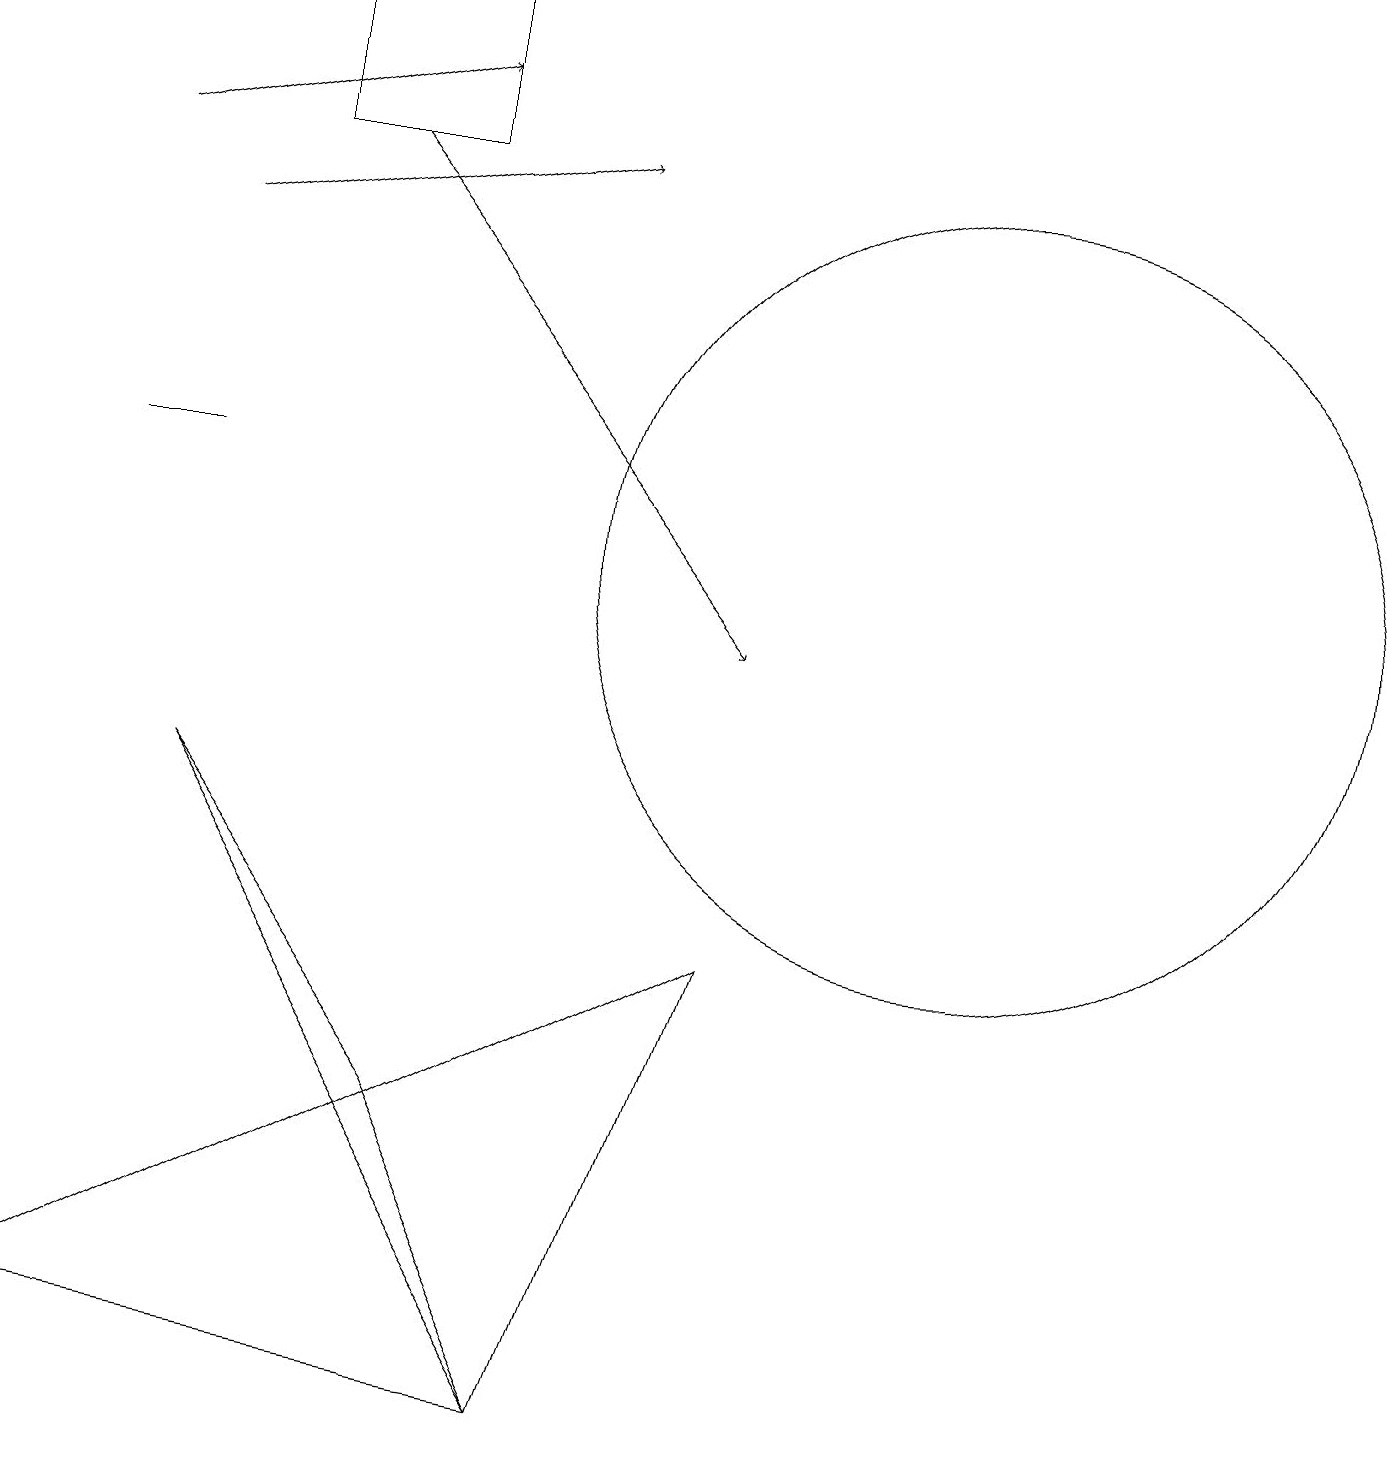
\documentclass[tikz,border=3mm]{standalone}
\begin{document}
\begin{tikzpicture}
\draw (12,11) circle (5);
\draw[->] (1,16) -- (5,17);
\draw[->] (2,15) -- (7,16);
\draw[->] (4,16) -- (9,10);
\draw (9,6) -- (7,0) -- (0,1) -- cycle;
\draw (5,16) rectangle (3,18);
\draw (1,12) rectangle (2,12);
\draw (5,4) -- (2,8) -- (7,0) -- cycle;
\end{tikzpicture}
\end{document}